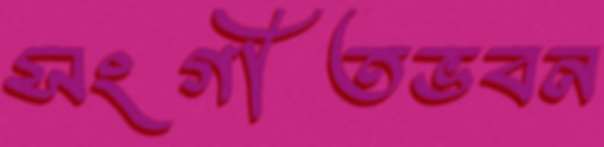
সংগীতভবন